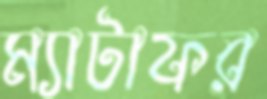
ম্যাটাফর